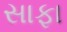
સાફા